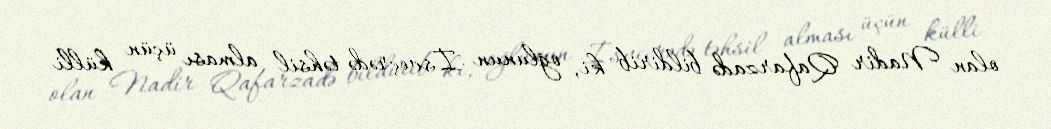
olan Nadir Qafarzadə bildirib ki, oğlunun İsveçrədə təhsil alması üçün külli